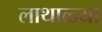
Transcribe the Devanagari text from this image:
लाथाळ्या